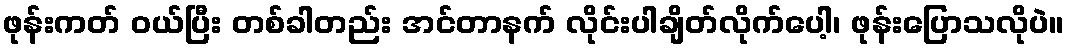
ဖုန်းကတ် ဝယ်ပြီး တစ်ခါတည်း အင်တာနက် လိုင်းပါချိတ်လိုက်ပေါ့၊ ဖုန်းပြောသလိုပဲ။